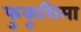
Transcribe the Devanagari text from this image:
फुकूशिमा